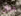
ديان